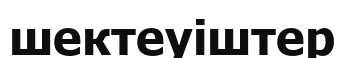
шектеуіштер